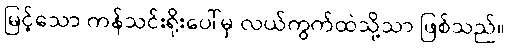
မြင့်သော ကန်သင်းရိုးပေါ်မှ လယ်ကွက်ထဲသို့သာ ဖြစ်သည်။